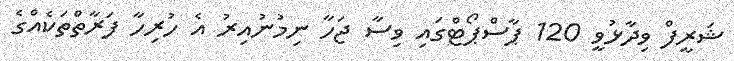
ޝަރީފް ވިދާޅުވީ 120 ޕާސްޕޯޓްގައި ވިސާ ޖަހާ ނިމުނުއިރު އެ ހުރިހާ ފަރާތްތަކެއްގެ